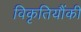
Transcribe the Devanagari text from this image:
विकृतियौंकी